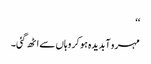
‘‘
مہرو آبدیدہ ہو کر وہاں سے اٹھ گئی۔